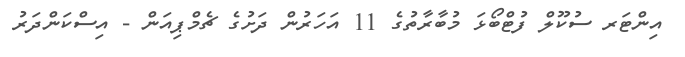
އިންޓަރ ސުކޫލް ފުޓްބޯޅަ މުބާރާތުގެ 11 އަހަރުން ދަށުގެ ޗެމްޕިއަން - އިސްކަންދަރު